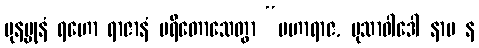
ပုနပ္ပုနံ ရဟော ရာဇာနံ ပရိတောသေတွာ “မဟာရာဇ, မုသာဝါဒေါ နာမ န